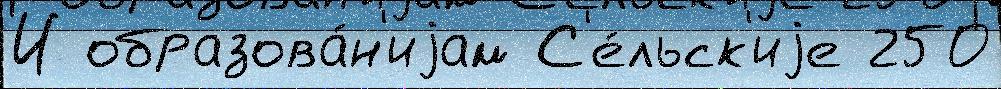
И образова́н'иjам С'е́льск'иjе 250